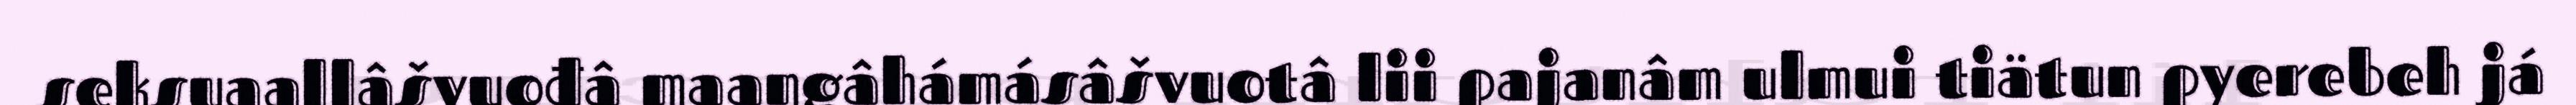
seksuaallâšvuođâ maaŋgâhámásâšvuotâ lii pajanâm ulmui tiätun pyerebeh já